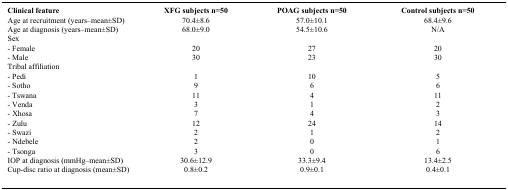
<table><thead><tr><td><b>Clinical feature</b></td><td><b>XFG subjects n=50</b></td><td><b>POAG subjects n=50</b></td><td><b>Control subjects n=50</b></td></tr></thead><tbody><tr><td>Age at recruitment (years–mean±SD)</td><td>70.4±8.6</td><td>57.0±10.1</td><td>68.4±9.6</td></tr><tr><td>Age at diagnosis (years–mean±SD)</td><td>68.0±9.0</td><td>54.5±10.6</td><td>N/A</td></tr><tr><td colspan="4">Sex</td></tr><tr><td>- Female</td><td>20</td><td>27</td><td>20</td></tr><tr><td>- Male</td><td>30</td><td>23</td><td>30</td></tr><tr><td colspan="4">Tribal affiliation</td></tr><tr><td>- Pedi</td><td>1</td><td>10</td><td>5</td></tr><tr><td>- Sotho</td><td>9</td><td>6</td><td>6</td></tr><tr><td>- Tswana</td><td>11</td><td>4</td><td>11</td></tr><tr><td>- Venda</td><td>3</td><td>1</td><td>2</td></tr><tr><td>- Xhosa</td><td>7</td><td>4</td><td>3</td></tr><tr><td>- Zulu</td><td>12</td><td>24</td><td>14</td></tr><tr><td>- Swazi</td><td>2</td><td>1</td><td>2</td></tr><tr><td>- Ndebele</td><td>2</td><td>0</td><td>1</td></tr><tr><td>- Tsonga</td><td>3</td><td>0</td><td>6</td></tr><tr><td>IOP at diagnosis (mmHg–mean±SD)</td><td>30.6±12.9</td><td>33.3±9.4</td><td>13.4±2.5</td></tr><tr><td>Cup-disc ratio at diagnosis (mean±SD)</td><td>0.8±0.2</td><td>0.9±0.1</td><td>0.4±0.1</td></tr></tbody></table>